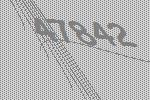
47842